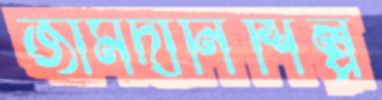
জামদানিশিল্প